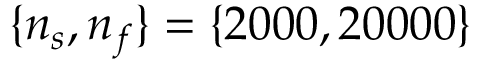
\{ n _ { s } , n _ { f } \} = \{ 2 0 0 0 , 2 0 0 0 0 \}